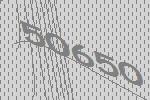
50650